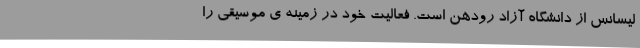
لیسانس از دانشگاه آزاد رودهن است. فعالیت خود در زمینه ی موسیقی را